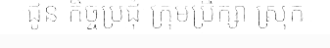
ជូន កិច្ចប្រជុំ ក្រុមប្រឹក្សា ស្រុក